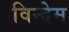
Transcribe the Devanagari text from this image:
विन्देम